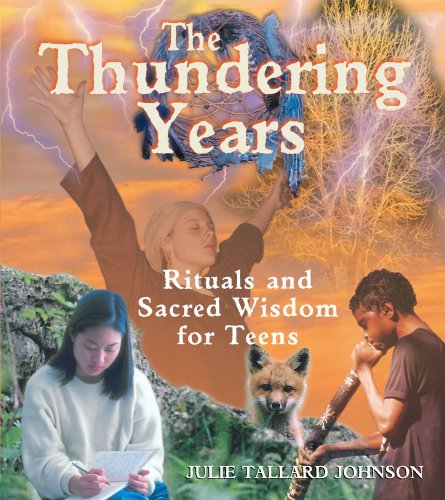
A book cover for The Thundering Years: Rituals and Sacred Wisdom for Teens; Julie Tallard Johnson; Teen & Young Adult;